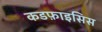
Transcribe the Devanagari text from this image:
कडफ़ाइसिस